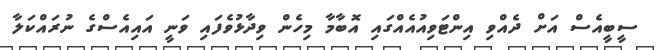
ސީބީއެސް އަށް ދެއްވި އިންޓަވިއުއެއްގައި އޮބާމާ މިހެން ވިދާޅުވެފައި ވަނީ އައިއެސްގެ ނުރައްކަލާ